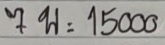
7 พ = 15000